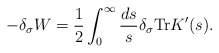
\begin{align*}-\delta_\sigma W = \frac12\int^\infty_0\frac{ds}s\delta_\sigma{\rm Tr} K'(s).\end{align*}